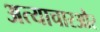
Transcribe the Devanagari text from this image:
अत्याचारऔर